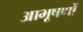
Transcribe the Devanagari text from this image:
आभूषणों